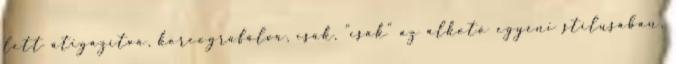
lett átigazítva, koreografálva, csak, "csak" az alkotó egyéni stílusában,